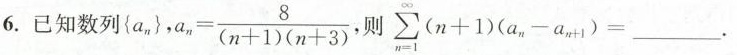
6.已知列$$\left \ { a _ { n } \right\ } , a _ { n } = \frac { 8 } { ( n + 1 ) ( n + 3 ) } \text {, 则 } \sum _ { n = 1 } ^ { \infty }( n + 1 ) \left ( a _ { n } - a _ { n + 1 } \right ) = ___$$.